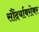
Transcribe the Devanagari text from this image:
सौंदर्याबरोबर